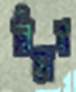
রিভার